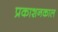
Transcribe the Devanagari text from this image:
प्रकाशनकाल